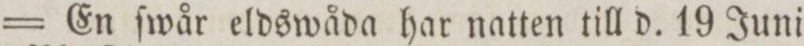
= En ſwår eldswåda har natten till d. 19 Juni